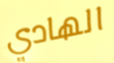
الهادي